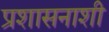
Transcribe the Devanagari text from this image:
प्रशासनाशी